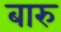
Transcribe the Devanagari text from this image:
बारु